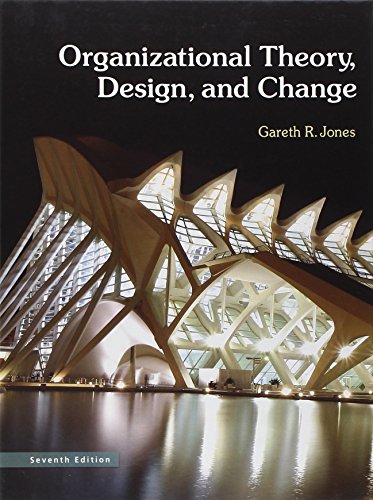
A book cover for Organizational Theory, Design, and Change (7th Edition); Gareth R. Jones; Business & Money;